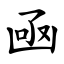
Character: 凾